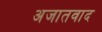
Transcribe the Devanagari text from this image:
अजातवाद